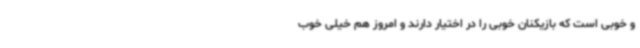
و خوبی است که بازیکنان خوبی را در اختیار دارند و امروز هم خیلی خوب